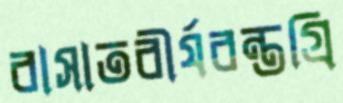
বাসাতবীর্যবন্তগ্রি